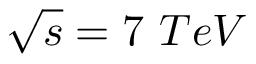
\sqrt { s } = 7 \ T e V